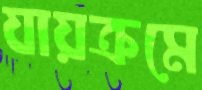
যায়ক্রমে